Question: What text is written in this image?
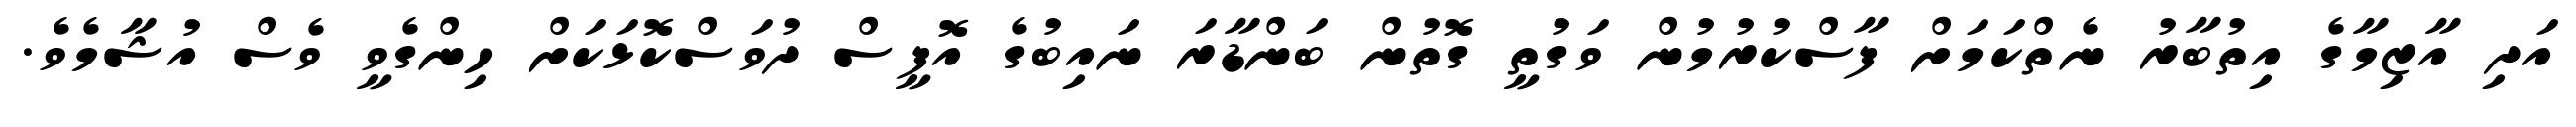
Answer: އަދި އާޒިމާގެ އިތުބާރު ނެތްކަމަށް ފާސްކުރުމުން ވަގުތީ ގޮތުން ބަންޑާރަ ނައިބުގެ އޮފީސް ދުވަސްކޮޅަކަށް ހިންގެވީ ވެސް އުޝާމެވެ.